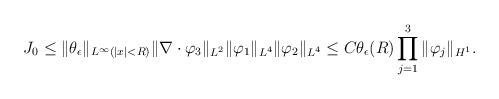
LaTeX: \begin{align*}J_{0}\le \|\theta_{\epsilon}\|_{L^{\infty}(|x|<R)}\|\nabla \cdot \varphi_3\|_{L^2}\|\varphi_1\|_{L^4}\|\varphi_2\|_{L^4}\le C\theta_{\epsilon}(R)\prod_{j=1}^3\|\varphi_j\|_{H^1}.\end{align*}